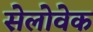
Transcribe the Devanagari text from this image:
सेलोवेक